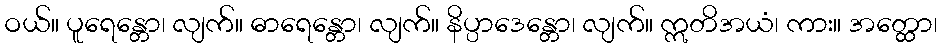
ဝယ်။ ပူရေန္တော၊ လျက်။ ဓာရေန္တော၊ လျက်။ နိပ္ပာဒေန္တော၊ လျက်။ ဣတိအယံ၊ ကား။ အတ္ထော၊